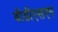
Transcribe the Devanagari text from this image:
बीडीएसएम